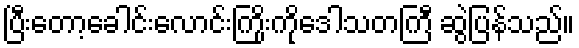
ပြီးတော့ခေါင်းလောင်းကြိုးကိုဒေါသတကြီ ဆွဲပြန်သည်။